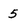
Character: 5